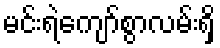
မင်းရဲကျော်စွာလမ်းရှိ